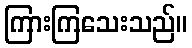
ကြားကြသေးသည်။